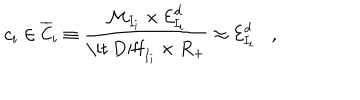
c _ { i } \in \overline { { { { \cal C } } } } _ { i } \equiv \frac { { \cal M } _ { I _ { i } } \times { \cal E } _ { I _ { i } } ^ { d } } { \mathrm { \it ~ D i f f } _ { I _ { i } } \times R _ { + } } \approx { \cal E } _ { I _ { i } } ^ { d } ,